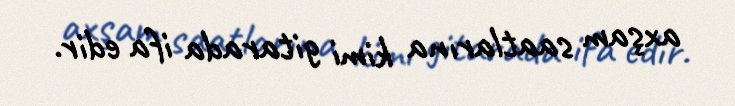
axşam saatlarına kimi gitarada ifa edir.